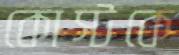
কোস্টকে